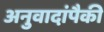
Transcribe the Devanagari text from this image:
अनुवादांपैकी